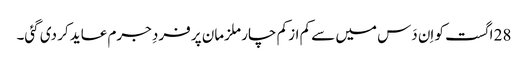
28 اگست کو اِن دَس میں سے کم از کم چار ملزمان پر فردِ جرم عاید کر دی گئی۔